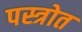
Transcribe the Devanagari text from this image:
पस्त्रोत